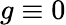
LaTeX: g\equiv 0